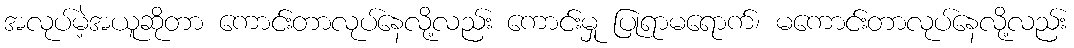
အလုပ်မဲ့အယူဆိုတာ ကောင်းတာလုပ်နေလို့လည်း ကောင်းမှု ပြုရာမရောက်၊ မကောင်းတာလုပ်နေလို့လည်း